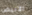
الابيض